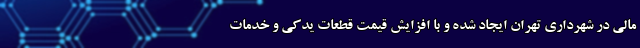
مالی در شهرداری تهران ایجاد شده و با افزایش قیمت قطعات یدکی و خدمات